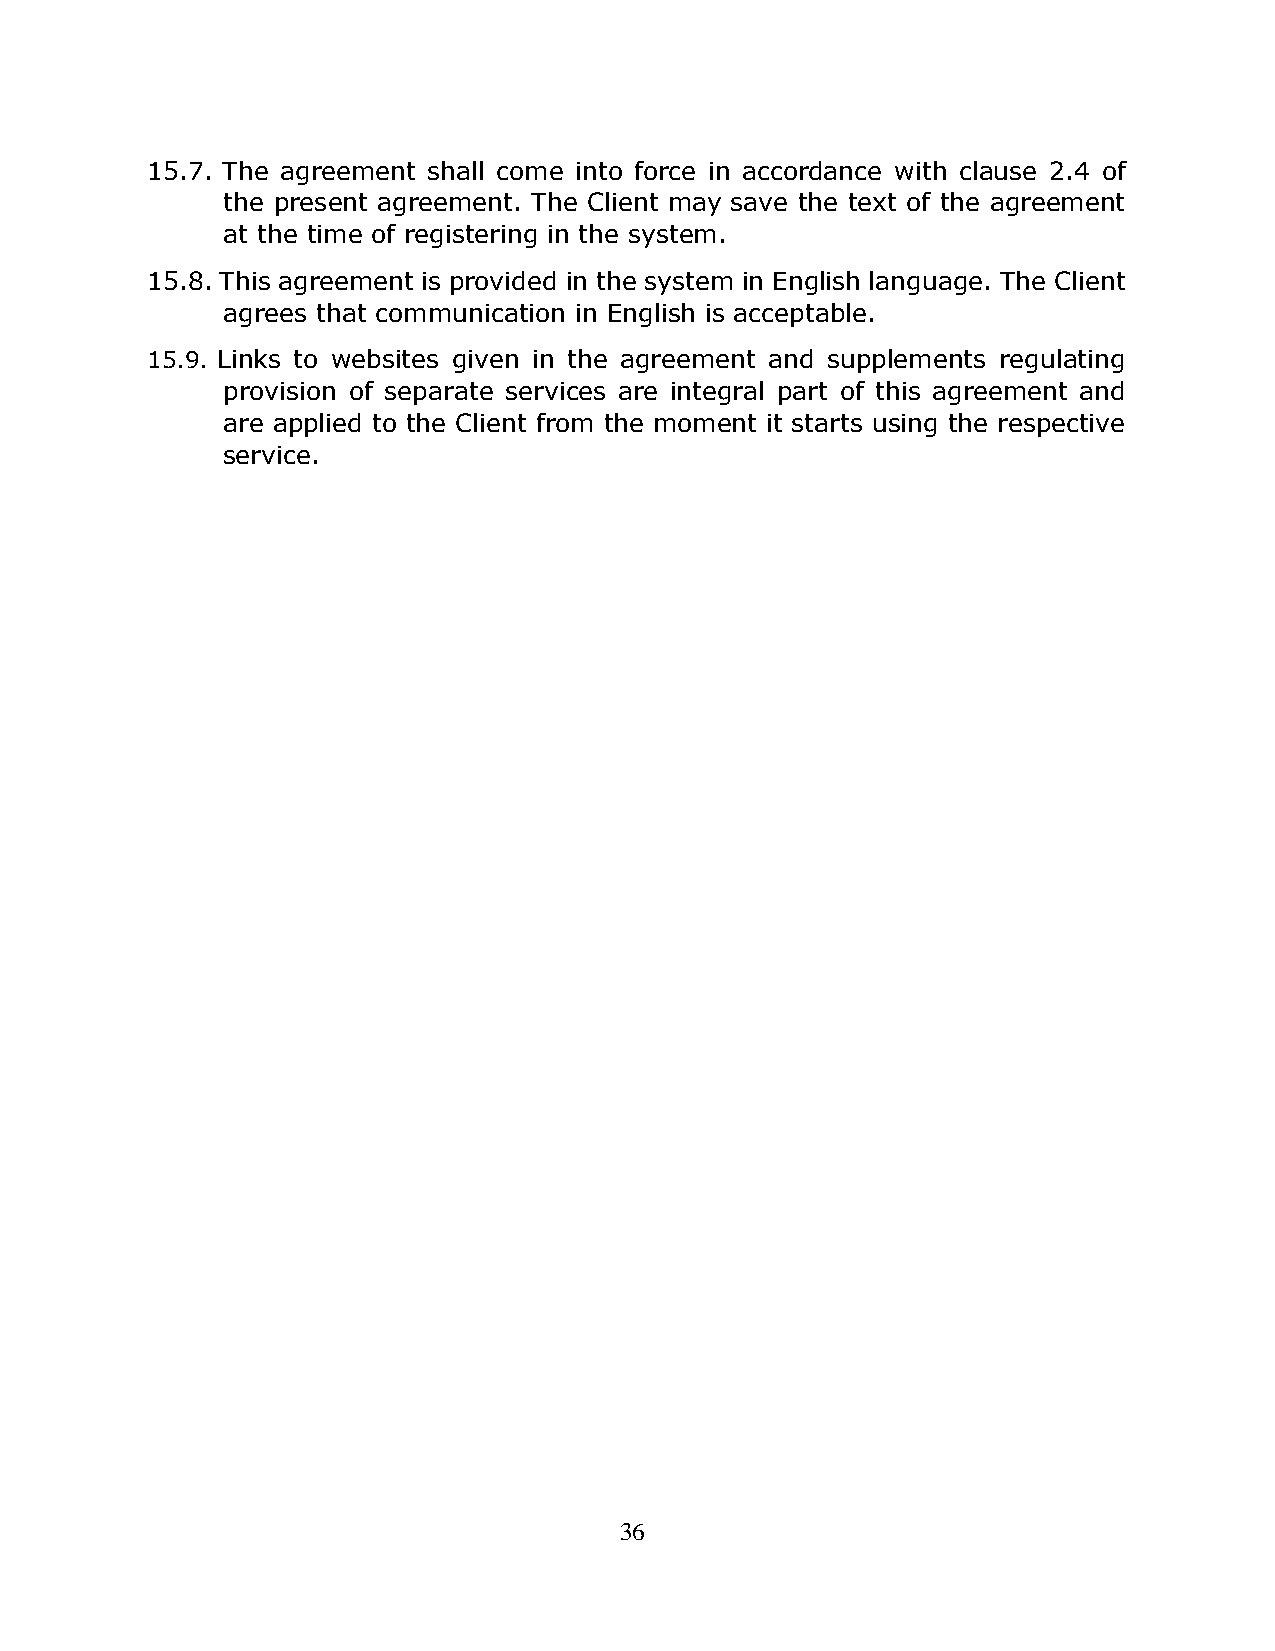
15.7. The agreement shall come into force in accordance with clause 2.4 of
 the present agreement. The Client may save the text of the agreement
 at the time of registering in the system.
 15.8. This agreement is provided in the system in English language. The Client
 agrees that communication in English is acceptable.
 15.9. Links to websites given in the agreement and supplements regulating
 provision of separate services are integral part of this agreement and
 are applied to the Client from the moment it starts using the respective
 service.
 36